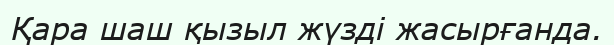
Қара шаш қызыл жүзді жасырғанда.